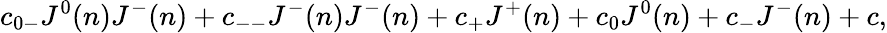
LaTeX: c_{0-}J^{0}(n)J^{-}(n)+c_{--}J^{-}(n)J^{-}(n)+c_{+}J^{+}(n)+c_{0}J^{0}(n)+c_{-}J^{-}(n)+c,